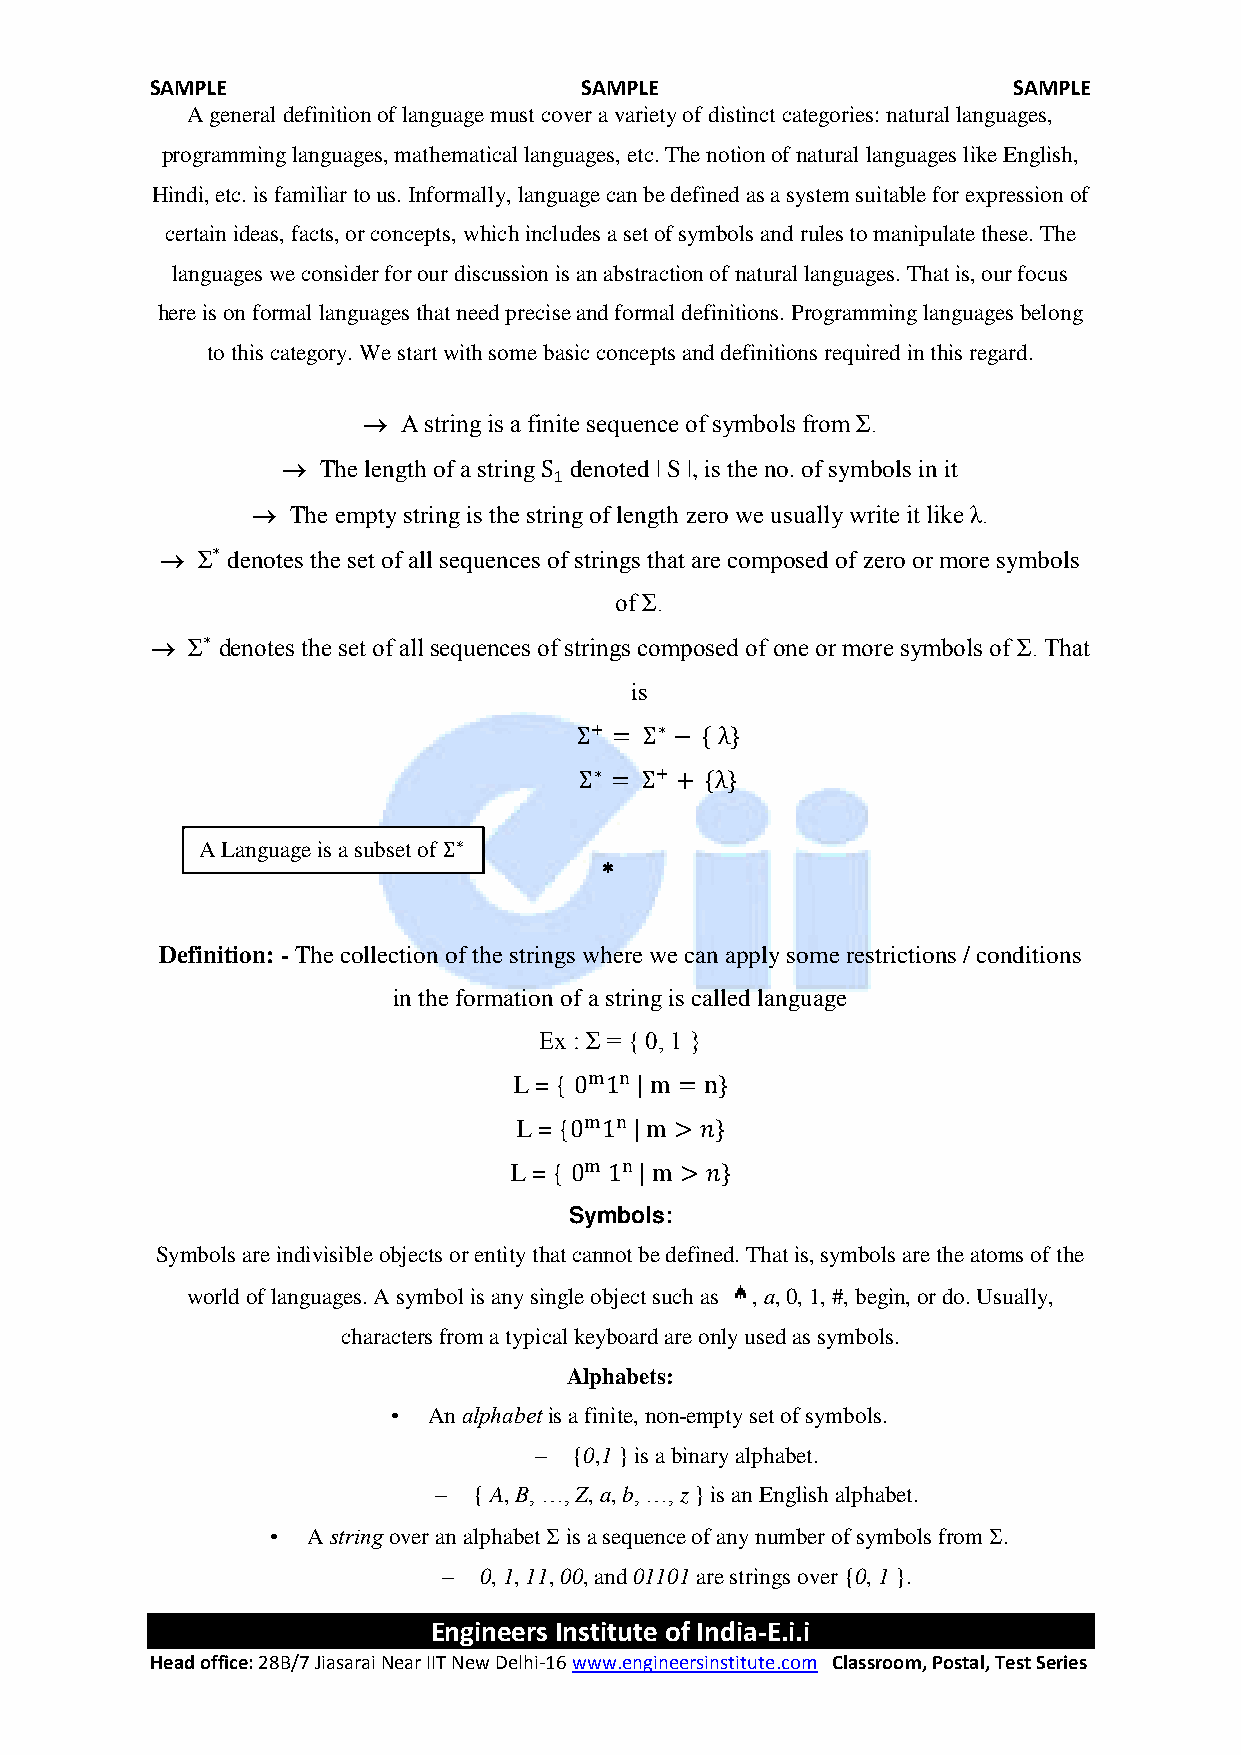
SAMPLE                      SAMPLE                       SAMPLE
 A general definition of language must cover a variety of distinct categories: natural languages,
 programming languages, mathematical languages, etc. The notion of natural languages like English,
 Hindi, etc. is familiar to us. Informally, language can be defined as a system suitable for expression of
 certain ideas, facts, or concepts, which includes a set of symbols and rules to manipulate these. The
 languages we consider for our discussion is an abstraction of natural languages. That is, our focus
 here is on formal languages that need precise and formal definitions. Programming languages belong
 to this category. We start with some basic concepts and definitions required in this regard.
   A string is a finite sequence of symbols from Σ.
  The length of a string denoted | S |, is the no. of symbols in it
  The empty string is the st ri ng of length zero we usually write it like λ.
  Σ denotes the set of all sequences of strings that are composed of zero or more symbols
 of Σ.
  Σ denotes the set of all sequences of strings composed of one or more symbols of Σ. That
 is
 A Language is a subset of
 
 Definition: - The collection of the strings where we can apply some restrictions / conditions
 in the formation of a string is called language
 Ex : Σ = { 0, 1 }
 L = {
 L = {
 L = {
 Symbols:
 Symbols are indivisible objects or entity that cannot be defined. That is, symbols are the atoms of the
 world of languages. A symbol is any single object such as , a, 0, 1, #, begin, or do. Usually,
 characters from a typical keyboard are only used as symbols.
 Alphabets:
 • An alphabet is a finite, non-empty set of symbols.
 –  {0,1 } is a binary alphabet.
 – { A, B, …, Z, a, b, …, z } is an English alphabet.
 • A string over an alphabet  is a sequence of any number of symbols from .
 –  0, 1, 11, 00, and 01101 are strings over {0, 1 }.
 Engineers Institute of India-E.i.i
 Head office: 28B/7 Jiasarai Near IIT New Delhi-16 www.engineersinstitute.com Classroom, Postal, Test Series